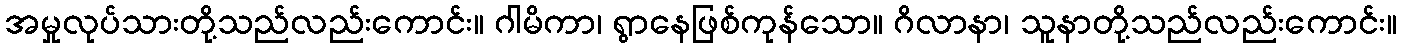
အမှုလုပ်သားတို့သည်လည်းကောင်း။ ဂါမိကာ၊ ရွာနေဖြစ်ကုန်သော။ ဂိလာနာ၊ သူနာတို့သည်လည်းကောင်း။